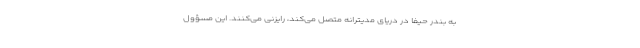
به بندر حیفا در دریای مدیترانه متصل می‌کند، رایزنی می‌کنند. این مسؤول